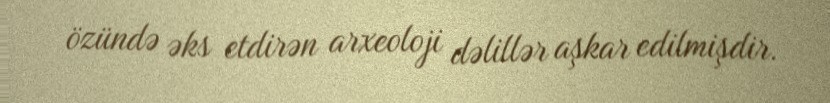
özündə əks etdirən arxeoloji dəlillər aşkar edilmişdir.